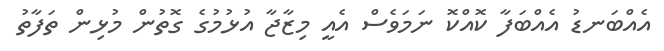
އެއްބަނޑު އެއްބަފާ ކޮއްކޮ ނަމަވެސް އެއީ މިޒާޖާ އުޅުމުގެ ގޮތުން މުޅިން ތަފާތު